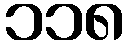
၁၁၈